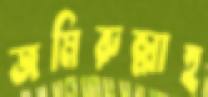
জমিরুল্লাহ